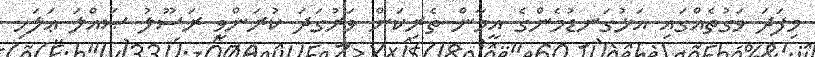
މިފަދަ ވަގުތެއްގައި އަޅުގަނޑުމެންގެ އީމާން ތެރިކަން ވަރުގަދަ ކުރަންވީ ރަސޫލު ޞައްލަ ޢަލަހި